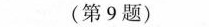
(第9题)